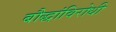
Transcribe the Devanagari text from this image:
बौद्धांविरोधी